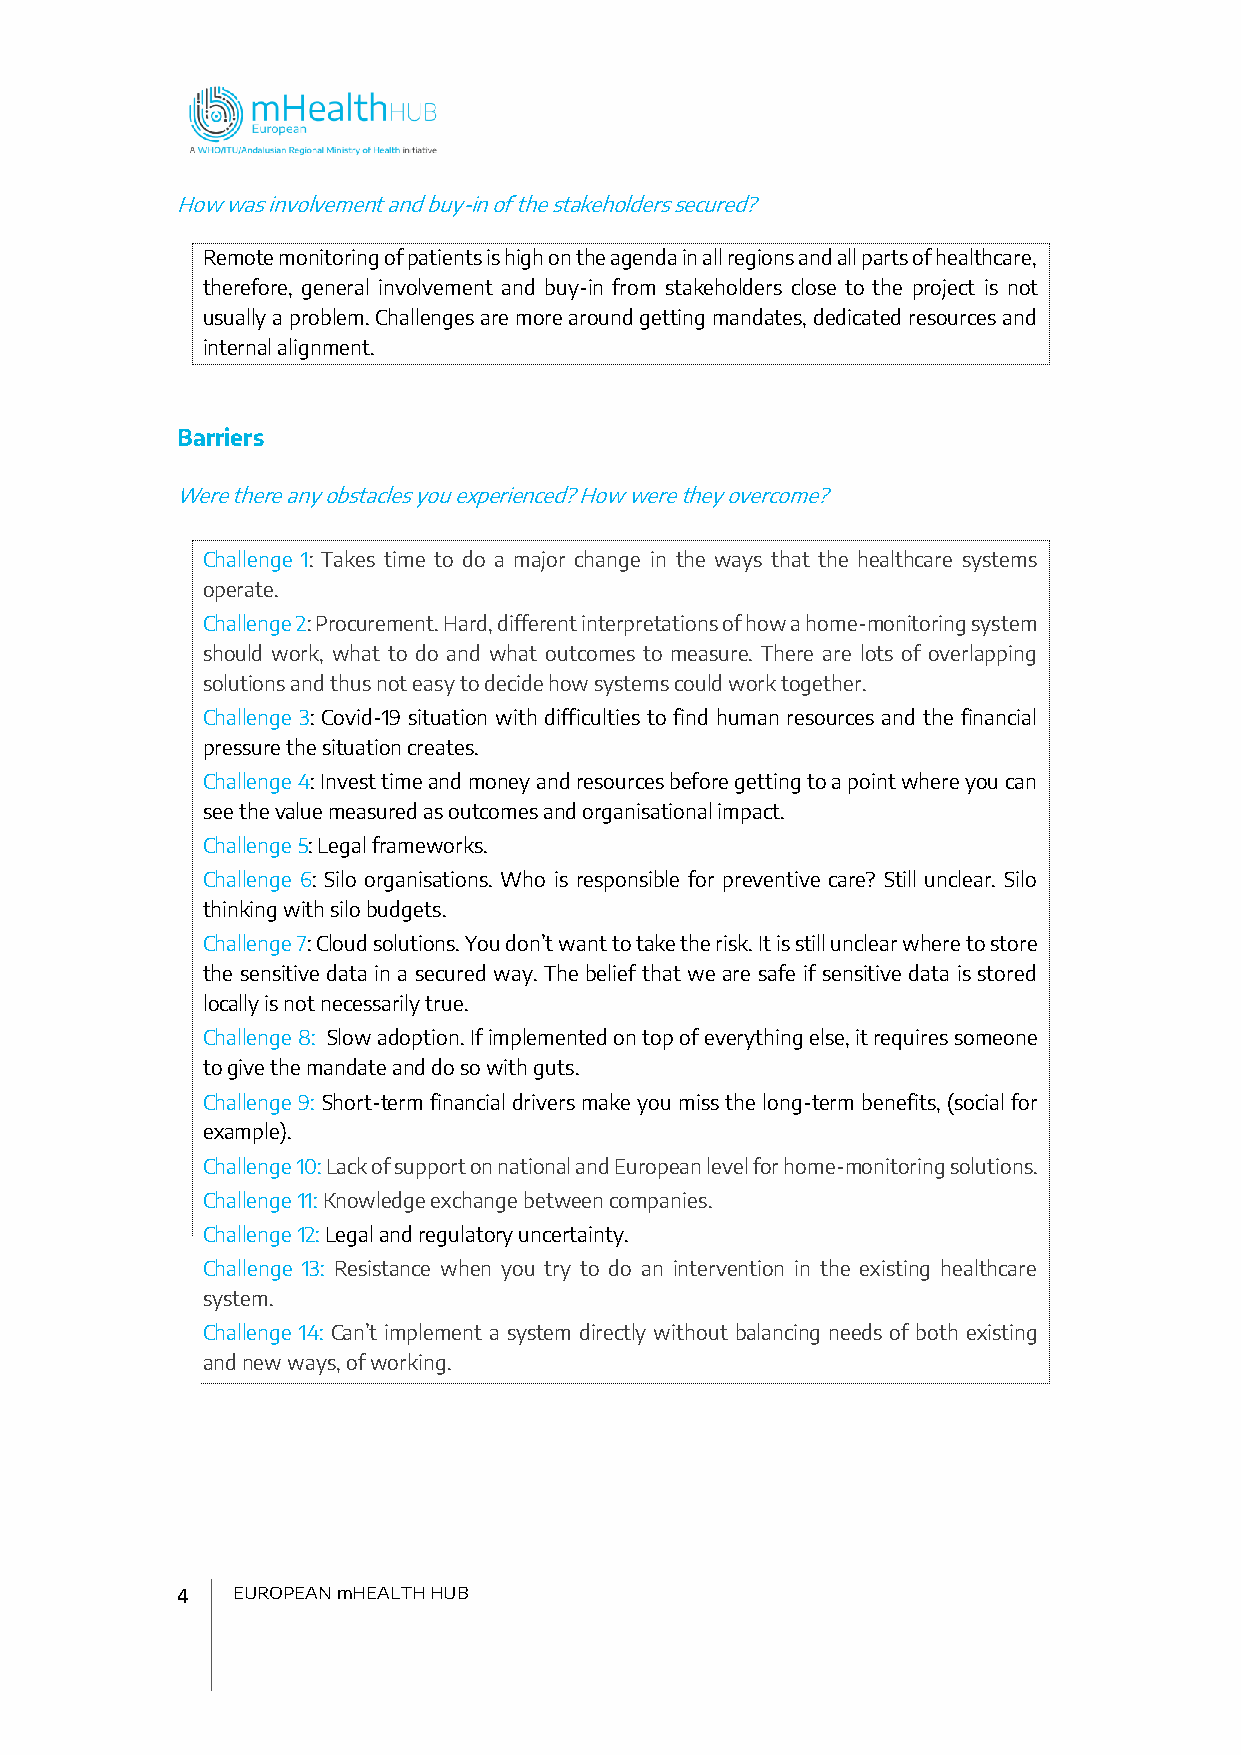
How was involvement and buy-in of the stakeholders secured?
 Remote monitoring of patients is high on the agenda in all regions and all parts of healthcare,
 therefore, general involvement and buy-in from stakeholders close to the project is not
 usually a problem. Challenges are more around getting mandates, dedicated resources and
 internal alignment.
 Barriers
 Were there any obstacles you experienced? How were they overcome?
 Challenge 1: Takes time to do a major change in the ways that the healthcare systems
 operate.
 Challenge 2: Procurement. Hard, different interpretations of how a home-monitoring system
 should work, what to do and what outcomes to measure. There are lots of overlapping
 solutions and thus not easy to decide how systems could work together.
 Challenge 3: Covid-19 situation with difficulties to find human resources and the financial
 pressure the situation creates.
 Challenge 4: Invest time and money and resources before getting to a point where you can
 see the value measured as outcomes and organisational impact.
 Challenge 5: Legal frameworks.
 Challenge 6: Silo organisations. Who is responsible for preventive care? Still unclear. Silo
 thinking with silo budgets.
 Challenge 7: Cloud solutions. You don’t want to take the risk. It is still unclear where to store
 the sensitive data in a secured way. The belief that we are safe if sensitive data is stored
 locally is not necessarily true.
 Challenge 8: Slow adoption. If implemented on top of everything else, it requires someone
 to give the mandate and do so with guts.
 Challenge 9: Short-term financial drivers make you miss the long-term benefits, (social for
 example).
 Challenge 10: Lack of support on national and European level for home-monitoring solutions.
 Challenge 11: Knowledge exchange between companies.
 Challenge 12: Legal and regulatory uncertainty.
 Challenge 13: Resistance when you try to do an intervention in the existing healthcare
 system.
 Challenge 14: Can’t implement a system directly without balancing needs of both existing
 and new ways, of working.
 4  EUROPEAN mHEALTH HUB